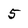
Character: 5